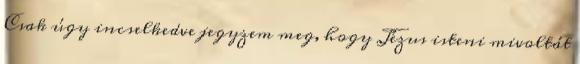
Csak úgy incselkedve jegyzem meg, hogy Jézus isteni mivoltát